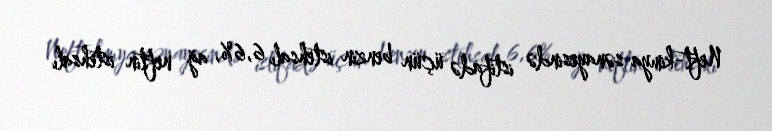
Neft-kimya sənayesində istifadə üçün benzin istehsalı 6,6%, ağ neftin istehsalı